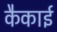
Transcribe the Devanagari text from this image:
कैकाई